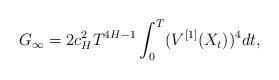
LaTeX: \begin{align*} G_\infty =2 c_H^2 T ^{4H-1}\int^T_0 (V^{[1]}(X_{t}))^4 dt, \end{align*}